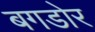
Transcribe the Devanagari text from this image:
बगडोर